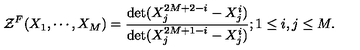
{ \cal { Z } } ^ { F } ( X _ { 1 } , \cdots , X _ { M } ) = { \frac { \det ( X _ { j } ^ { 2 M + 2 - i } - X _ { j } ^ { i } ) } { \det ( X _ { j } ^ { 2 M + 1 - i } - X _ { j } ^ { i } ) } } ; 1 \le i , j \le M .